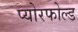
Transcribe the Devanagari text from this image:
प्योरफोल्ड